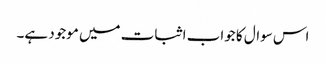
اس سوال کا جواب اثبات میں موجود ہے۔